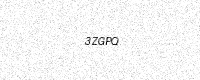
Text: 3ZGPQ